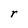
Character: r